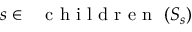
s \in \mathrm { ~ \normalfont ~ { ~ c ~ h ~ i ~ l ~ d ~ r ~ e ~ n ~ } ~ } ( S _ { s } )